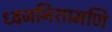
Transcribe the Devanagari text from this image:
ध्वजनिशामणि